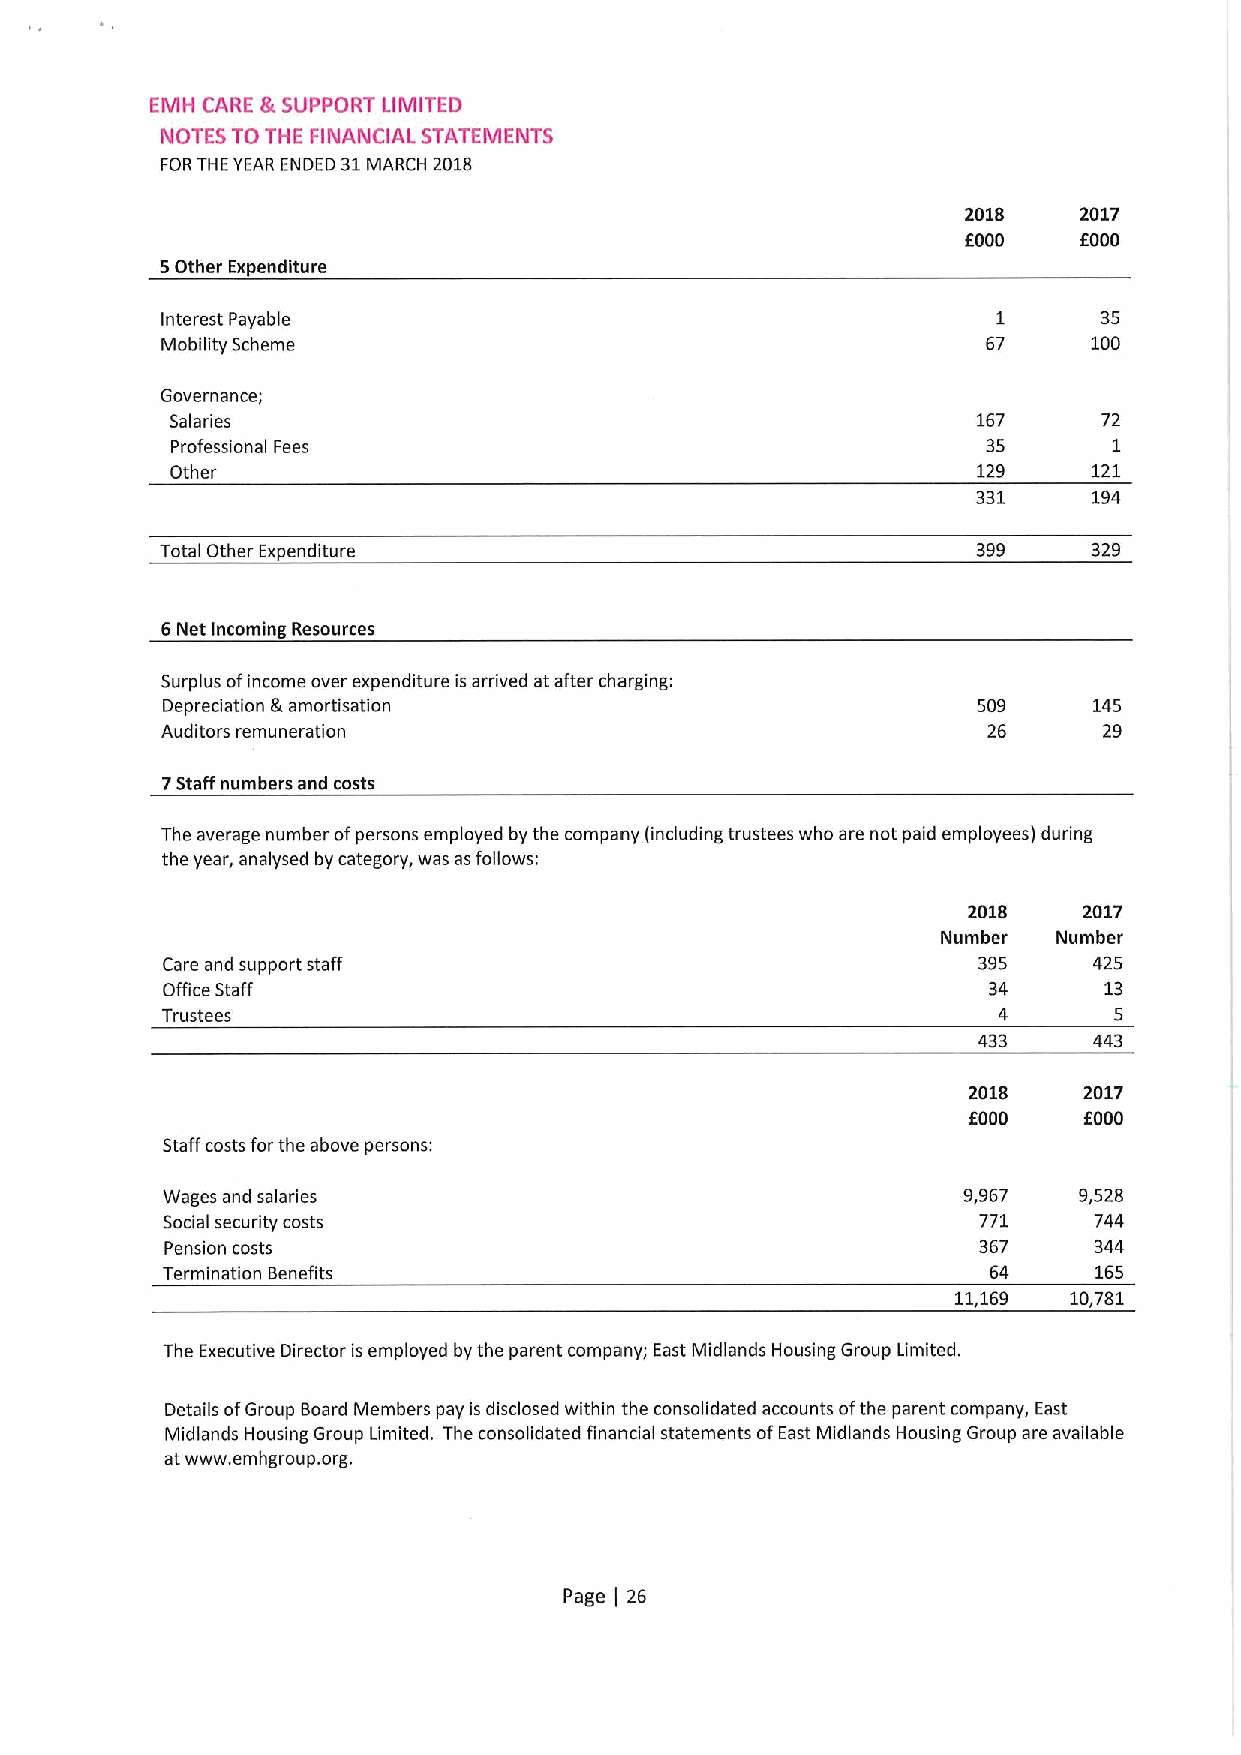
EMH CARE gt SUPPORT LIMITED
 NOTES TO THE FINANCIAL STATEMENTS
 FORTHE YEAR ENDED 31MARCH 2018
 2018    2017
 6000   f000
 5Other Expenditure
 Interest Payable                                       1      35
 Mobility Scheme                                       67     100
 Governance;
 Salaries                                              167     72
 Professional Fees                                     35       1
 Other                                                 129    121
 331    194
 Total Other Expenditure                               399    329
 6Net Incoming Resources
 Surplus ofincome over expenditure isarrived at after charging:
 Depreciation &amortisation                            509    145
 Auditors remuneration                                 26      29
 7Staff numbers and costs
 The average number ofpersons employed by the company (including trustees who are not paid employees) during
 the year, analysed by category, was asfollows:
 2018    2017
 Number  Number
 Care and support staff                                395    425
 Office Staff                                          34      13
 Trustees                                               4       5
 433    443
 2018    2017
 f000    6000
 Staff costs forthe above persons:
 Wages and salaries                                   9,967  9,528
 Social security costs                                 771    744
 Pension costs                                         367    344
 Termination Benefits                                  64     165
 11,169  10,781
 The Executive Director is employed by the parent company; East Midlands Housing Group Limited.
 Details ofGroup Board Members pay is disclosed within the consolidated accounts ofthe parent company, East
 Midlands Housing Group Limited. The consolidated financial statements ofEast Midlands Housing Group are available
 atwww. emhgroup. org.
 Page 26
 I